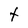
Character: t